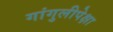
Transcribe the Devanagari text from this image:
गांगुलीपेक्षा